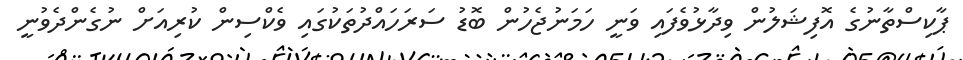
ޕާކިސްތާނުގެ އޮފިޝަލުން ވިދާޅުވެފައި ވަނީ ހަމަނުޖެހުން ބޮޑު ސަރަހައްދުތަކުގައި ވެކްސިން ކުރިއަށް ނުގެންދެވުނީ